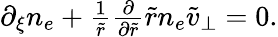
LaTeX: \begin{array}{r}{\partial_{\xi}n_{e}+\frac{1}{\tilde{r}}\frac{\partial}{\partial\tilde{r}}\tilde{r}n_{e}\tilde{v}_{\perp}=0.}\end{array}